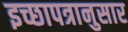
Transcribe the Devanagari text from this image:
इच्छापत्रानुसार